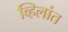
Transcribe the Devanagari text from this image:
व्हिलांत